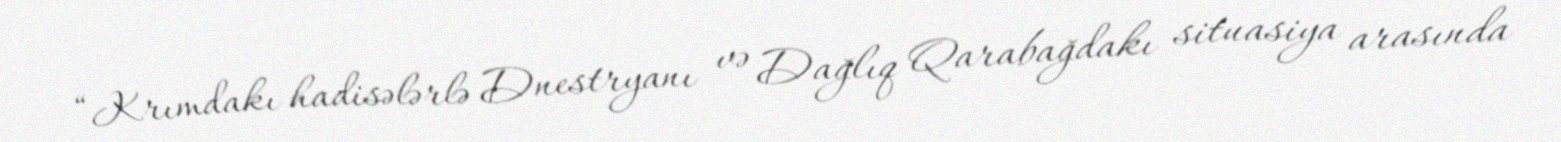
“Krımdakı hadisələrlə Dnestryanı və Dağlıq Qarabağdakı situasiya arasında